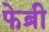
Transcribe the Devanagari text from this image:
फेब्री